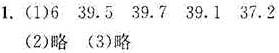
1. (1) 6  39.5  39.7  39.1  37.2
(2) 略  (3) 略